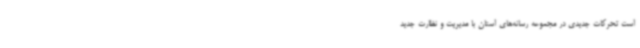
است تحرکات جدیدی در مجموعه رسانه‌های استان با مدیریت و نظارت جدید